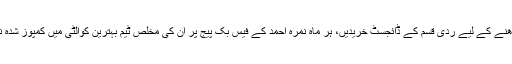
یہ بھی ضروری نہیں کہ آپ یہ ناول پڑھنے کے لیے ردی قسم کے ڈائجسٹ خریدیں، ہر ماہ نمرہ احمد کے فیس بک پیج پر ان کی مخلص ٹیم بہترین کوالٹی میں کمپوز شدہ ناول کی نئی قسط اپلوڈ کر دیا کرتی ہے۔